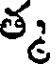
త్మ